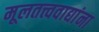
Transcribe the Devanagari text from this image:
मूलतत्त्ववाद्यांना